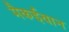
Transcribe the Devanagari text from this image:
मैकईवान